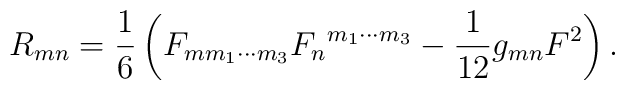
R_{mn}=\frac{1}{6} \left( F_{m m_1\cdots m_3}{F_{n}}^{m_1\cdots m_3} - \frac{1}{12} g_{mn} F^2 \right).